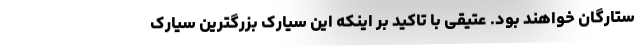
ستارگان خواهند بود. عتیقی با تاکید بر اینکه این سیارک بزرگترین سیارک